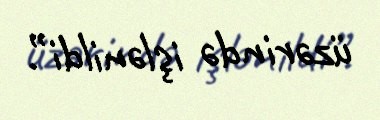
üzərində işlənildi”.